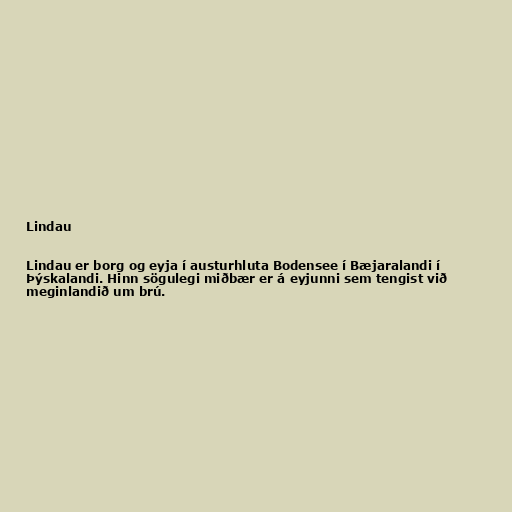
Lindau

Lindau er borg og eyja í austurhluta Bodensee í Bæjaralandi í
Þýskalandi. Hinn sögulegi miðbær er á eyjunni sem tengist við
meginlandið um brú.